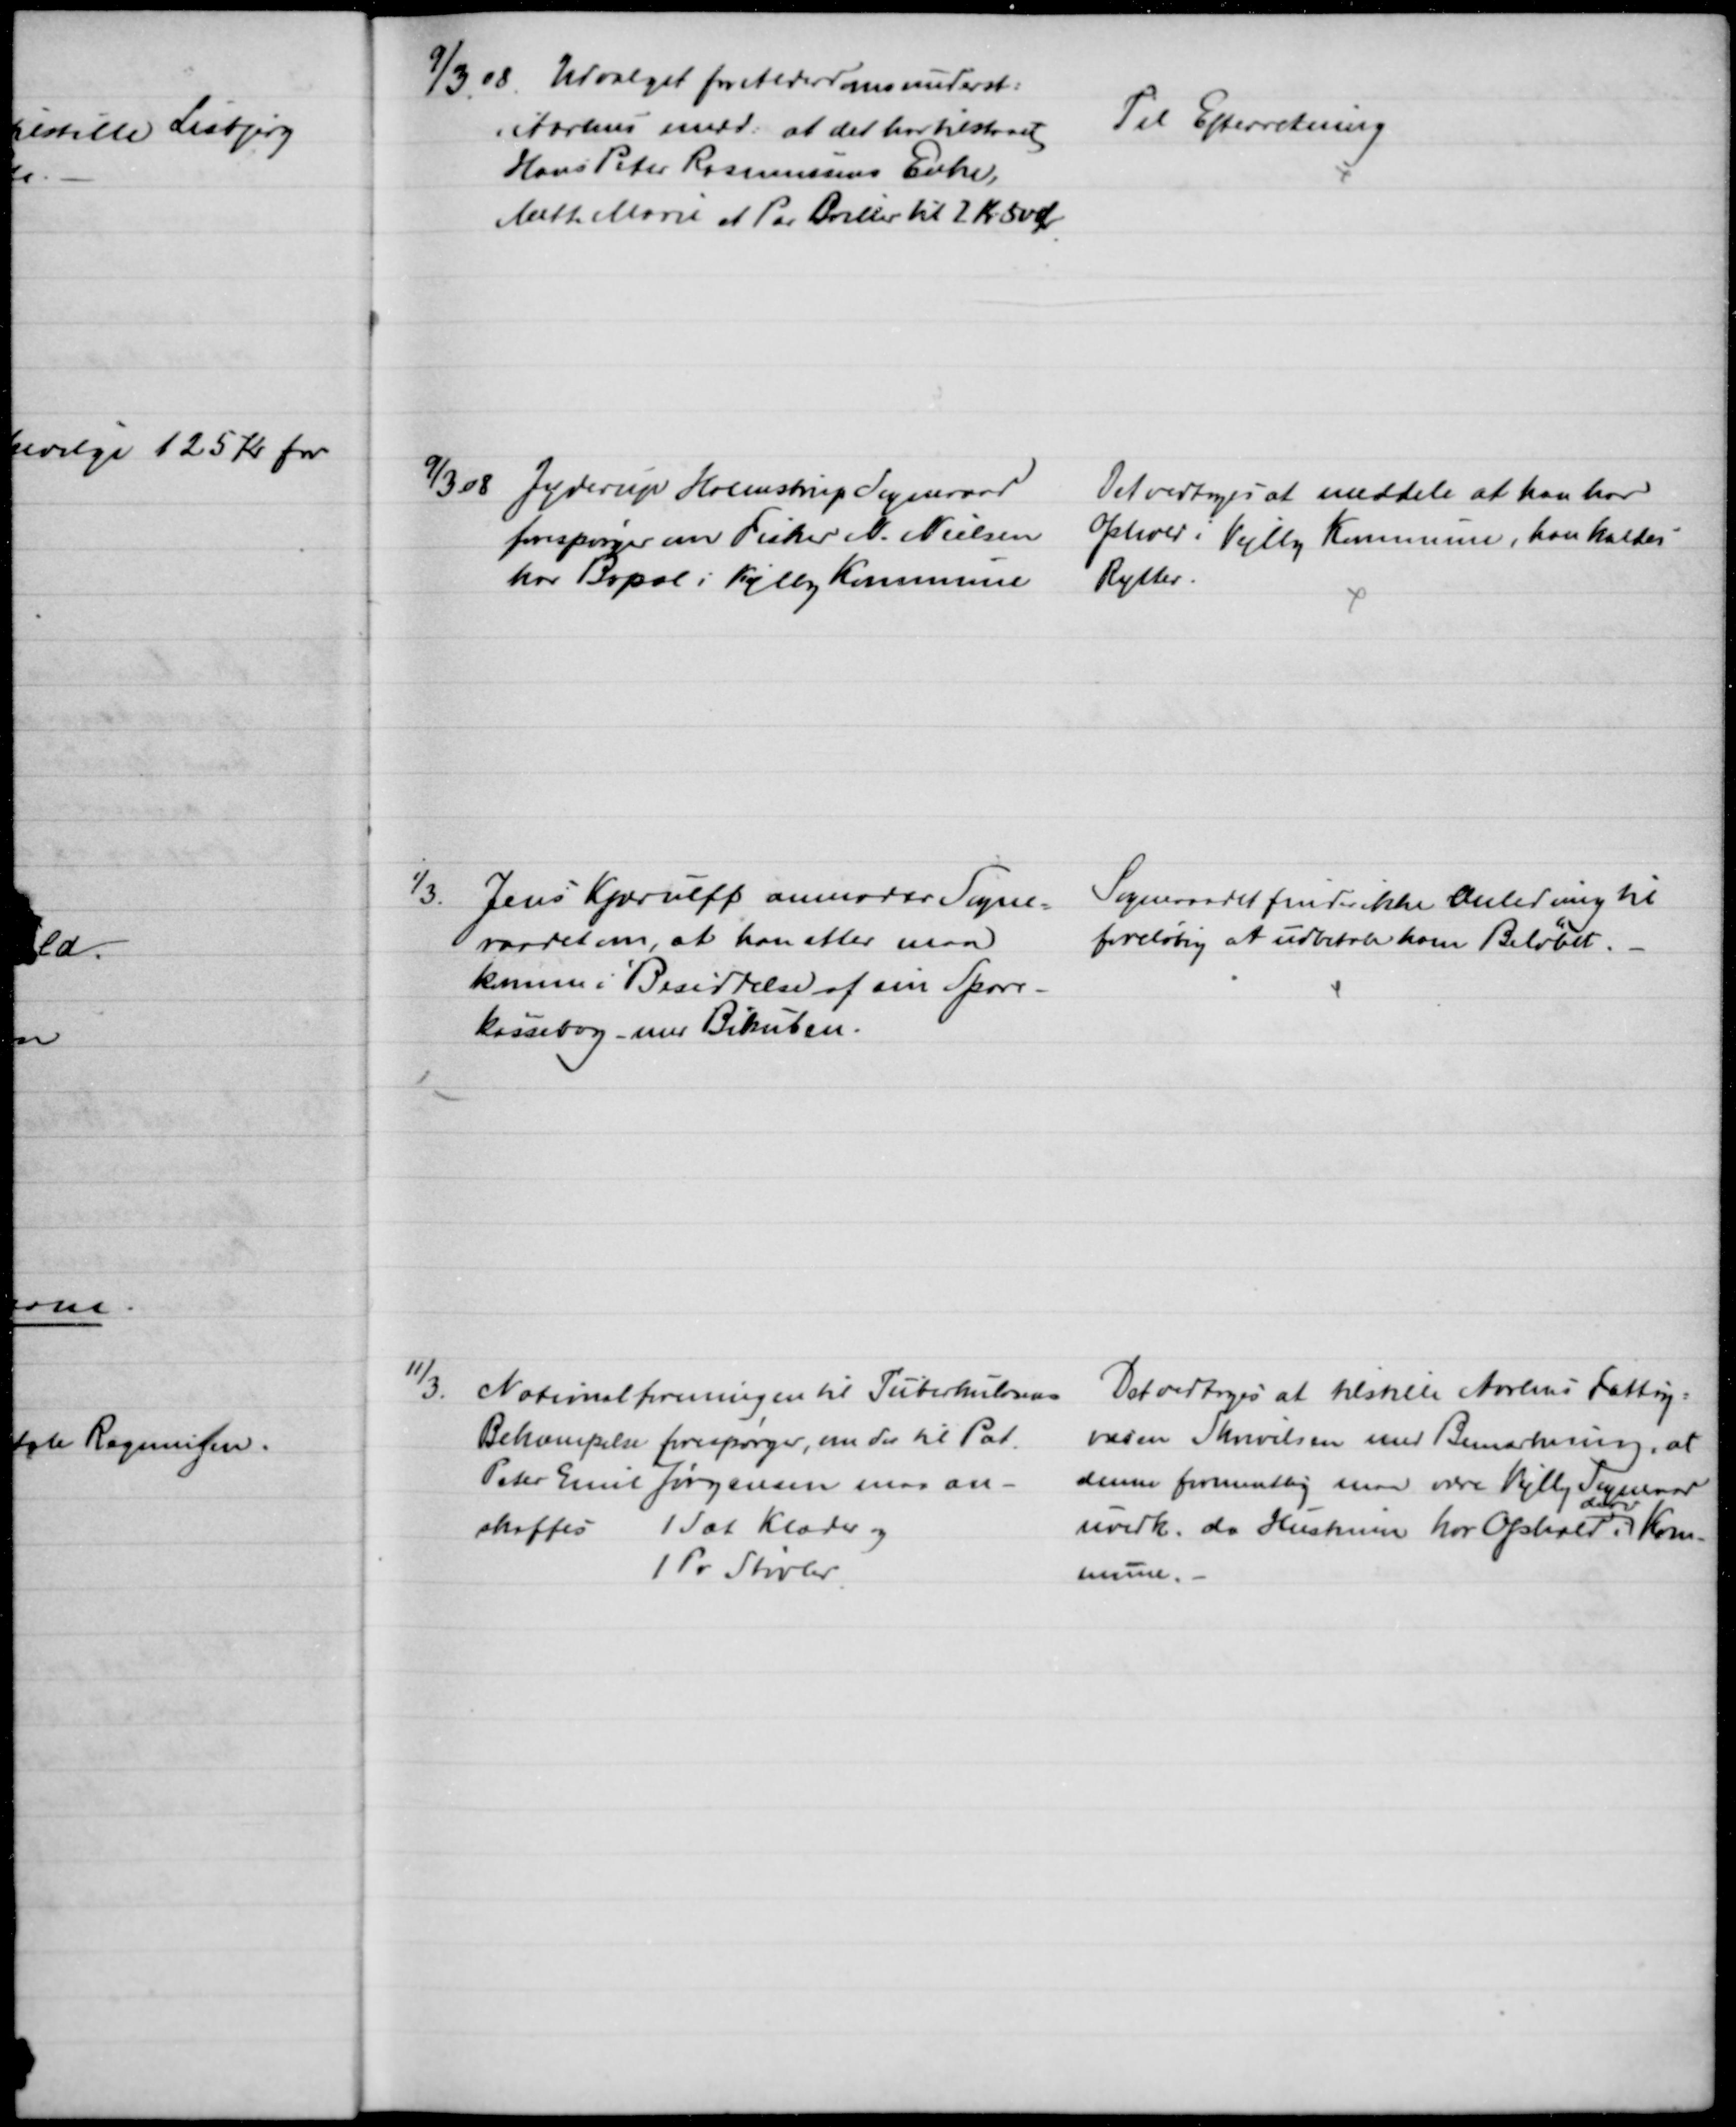
Transskription:
9/3 08. Udvalget for Alderdomsunderst:
i Aarhus medd: at det har tilstaaet
Hans Peter Rasmussens Enke,
Mette Marie et Par Briller til 2 Kr 50 Ør
Til Efterretning
9/3 08 Jyderup Holmstrup Sogneraad
forespørger om Fisker N. Nielsen
har Bopæl i Vejlby Kommune
Det vedtoges at meddele at han har
Ophold i Vejlby Kommune, han kaldes
Rytter.
1/3.
Jens Kjærulff anmoder Sogne-
raadet om, at han atter maa
komme i Besiddelse af sin Spare-
kassebog - med Bikuben.
Sogneraadet finder ikke Anledning til
foreløbig at udbetale ham Beløbet.
11/3. Nationalforeningen til Tuberkulosens
Bekæmpelse forespørger, om der til Pat.
Peter Emil Jørgensen maa an-
skaffes 1 Sæt Klæder og
1 Pr Støvler
Det vedtoges at tilstille Aarhus Fattig=
væsen Skrivelsen med Bemærkning, at 
denne formentlig maa være Vejlby Sogneraad
uvedk. da Hustruen har Ophold i 
derv.
Kom-
mune.